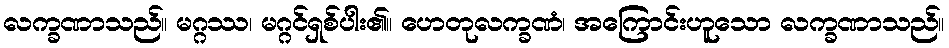
လက္ခဏာသည်။ မဂ္ဂဿ၊ မဂ္ဂင်ရှစ်ပါး၏။ ဟေတုလက္ခဏံ၊ အကြောင်းဟူသော လက္ခဏာသည်။